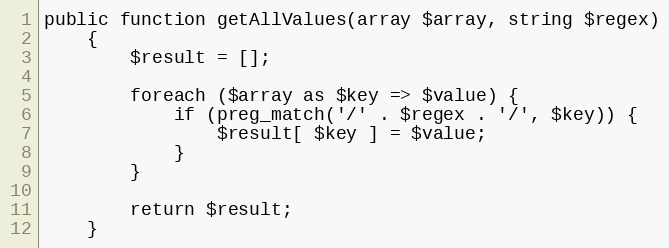
Language: PHP
public function getAllValues(array $array, string $regex)
    {
        $result = [];

        foreach ($array as $key => $value) {
            if (preg_match('/' . $regex . '/', $key)) {
                $result[ $key ] = $value;
            }
        }

        return $result;
    }